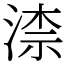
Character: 渿